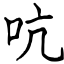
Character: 吭